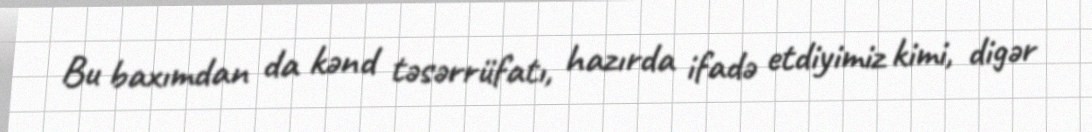
Bu baxımdan da kənd təsərrüfatı, hazırda ifadə etdiyimiz kimi, digər